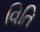
વિતિ